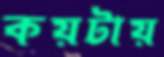
কয়টায়